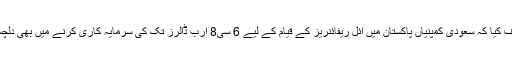
انہوں نے انکشاف کیا کہ سعودی کمپنیاں پاکستان میں آئل ریفائنریز کے قیام کے لیے 6 سی8 ارب ڈالرز تک کی سرمایہ کاری کرنے میں بھی دلچسپی رکھتی ہیں۔